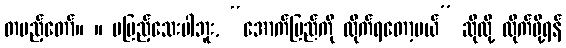
တပည့်တော်။ ။ မပြည့်သေးပါဘူး, “အောက်ပြည်ကို လိုက်ရတော့မယ်” ဆိုလို့ လိုက်ဖို့ရန်